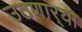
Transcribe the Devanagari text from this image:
उठणार्‍या